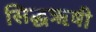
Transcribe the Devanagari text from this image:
सिद्धऋषी